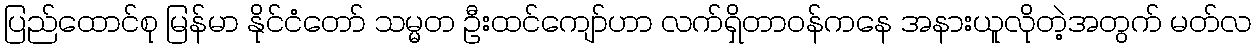
ပြည်ထောင်စု မြန်မာ နိုင်ငံတော် သမ္မတ ဦးထင်ကျော်ဟာ လက်ရှိတာဝန်ကနေ အနားယူလိုတဲ့အတွက် မတ်လ